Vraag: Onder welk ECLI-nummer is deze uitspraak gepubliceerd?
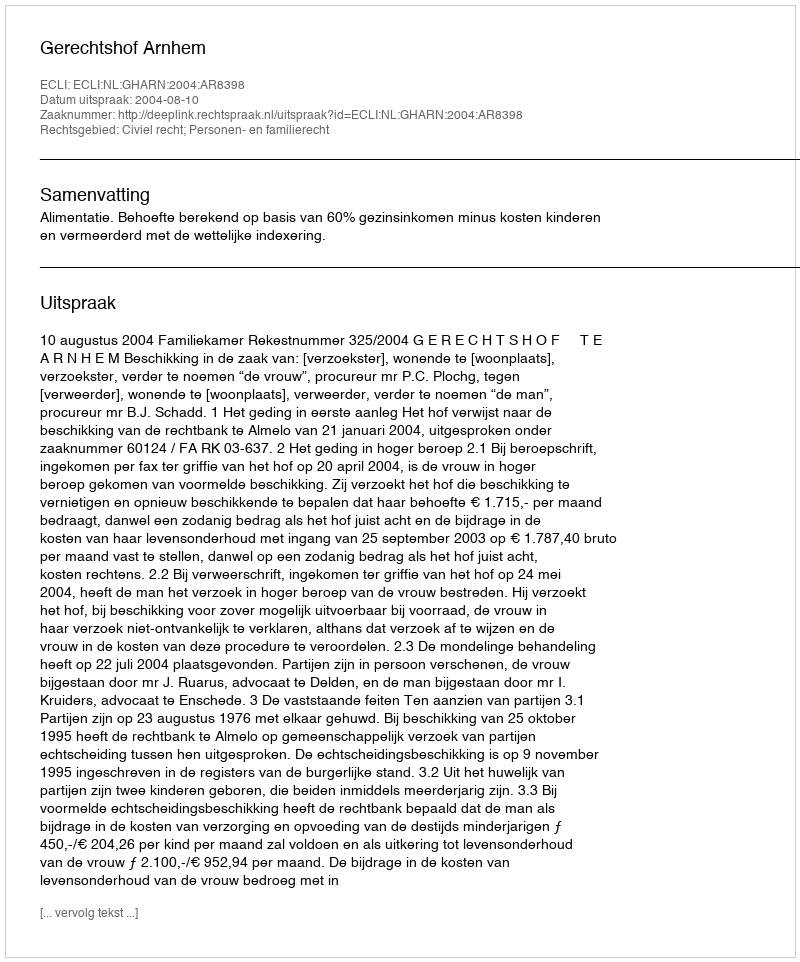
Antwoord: ECLI:NL:GHARN:2004:AR8398